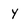
Character: y